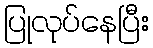
ပြုလုပ်နေပြီး